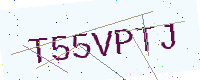
Text: T55VPTJ